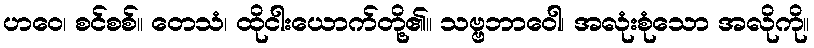
ဟဝေ၊ စင်စစ်။ တေသံ၊ ထိုငါးယောက်တို့၏။ သဗ္ဗဘာဝေါ၊ အလုံးစုံသော အလိုကို။